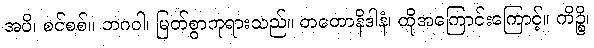
အပိ၊ စင်စစ်။ ဘဂဝါ၊ မြတ်စွာဘုရားသည်။ တတောနိဒါနံ၊ ထိုအကြောင်းကြောင့်။ ကိဉ္စိ၊